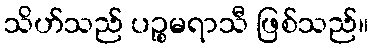
သိဟ်သည် ပဉ္စမရာသီ ဖြစ်သည်။